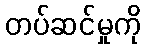
တပ်ဆင်မှုကို